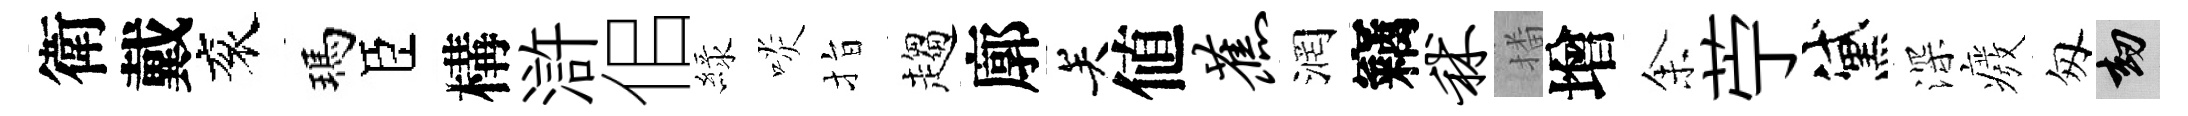
衛戴衮瑪臣構滸佀緑啖指趨廓关値蕉润竊秫播增𪜬苧黛深癈匆劫